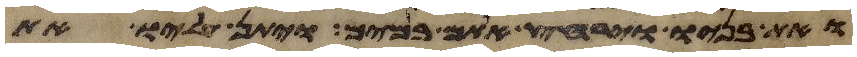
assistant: ואת בניו וירחץ אתם במים ויתן עליו את